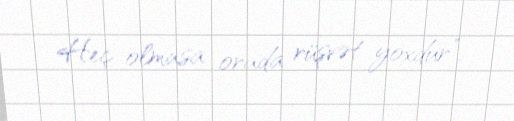
Heç olmasa orada rüşvət yoxdur”.